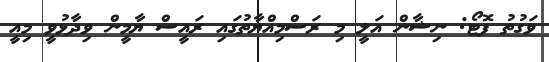
ވަގުތު ފޮޓޯ: ނިޝާން އަލީ މި ރަސްމިއްޔާތުގައި ރައީސް ޔާމީން ވިދާޅުވީ މިއީ